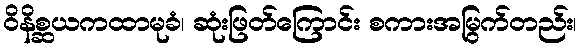
ဝိနိစ္ဆယကထာမုခံ၊ ဆုံးဖြတ်ကြောင်း စကားအမြွက်တည်း၊